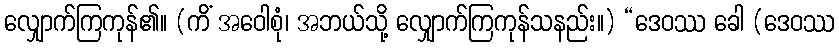
လျှောက်ကြကုန်၏။ (ကိံ အဝေါစုံ၊ အဘယ်သို့ လျှောက်ကြကုန်သနည်း။) “ဒေဝဿ ခေါ (ဒေဝဿ